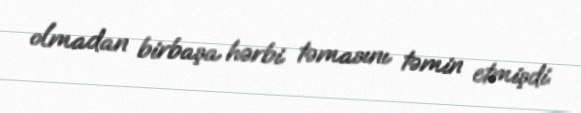
olmadan birbaşa hərbi təmasını təmin etmişdi.